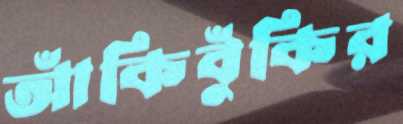
আঁকিবুঁকির